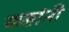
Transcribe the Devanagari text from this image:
कष्टांनी